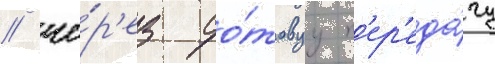
/ че́р'ез со́товуу п'ер'еда́чу